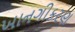
ખાનગીકરણ